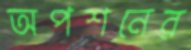
অপশনের